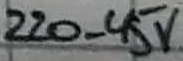
Text: 220-45V